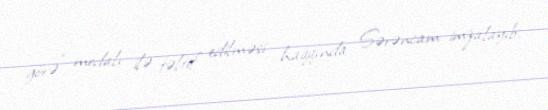
görə” medalı ilə təltif edilməsi haqqında Sərəncam imzalayıb.